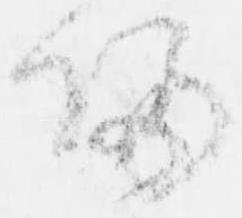
帰